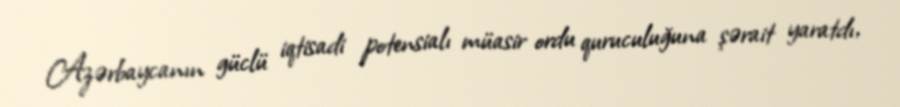
Azərbaycanın güclü iqtisadi potensialı müasir ordu quruculuğuna şərait yaratdı,